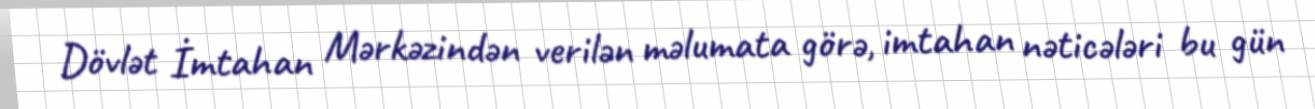
Dövlət İmtahan Mərkəzindən verilən məlumata görə, imtahan nəticələri bu gün